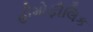
હીમોફીલિક